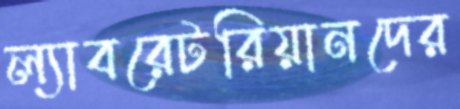
ল্যাবরেটরিয়ানদের